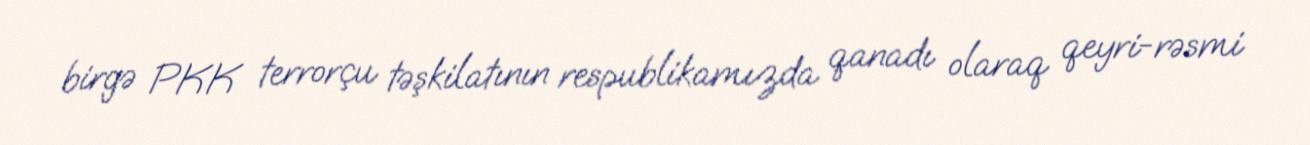
birgə PKK terrorçu təşkilatının respublikamızda qanadı olaraq qeyri-rəsmi